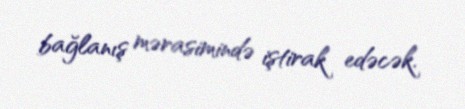
bağlanış mərasimində iştirak edəcək.